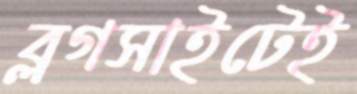
ব্লগসাইটেই